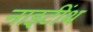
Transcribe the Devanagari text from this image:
नाइटींथ